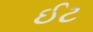
ઈટ